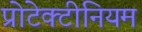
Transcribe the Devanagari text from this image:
प्रोटेक्टीनियम